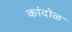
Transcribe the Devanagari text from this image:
कांदोळ